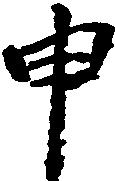
申